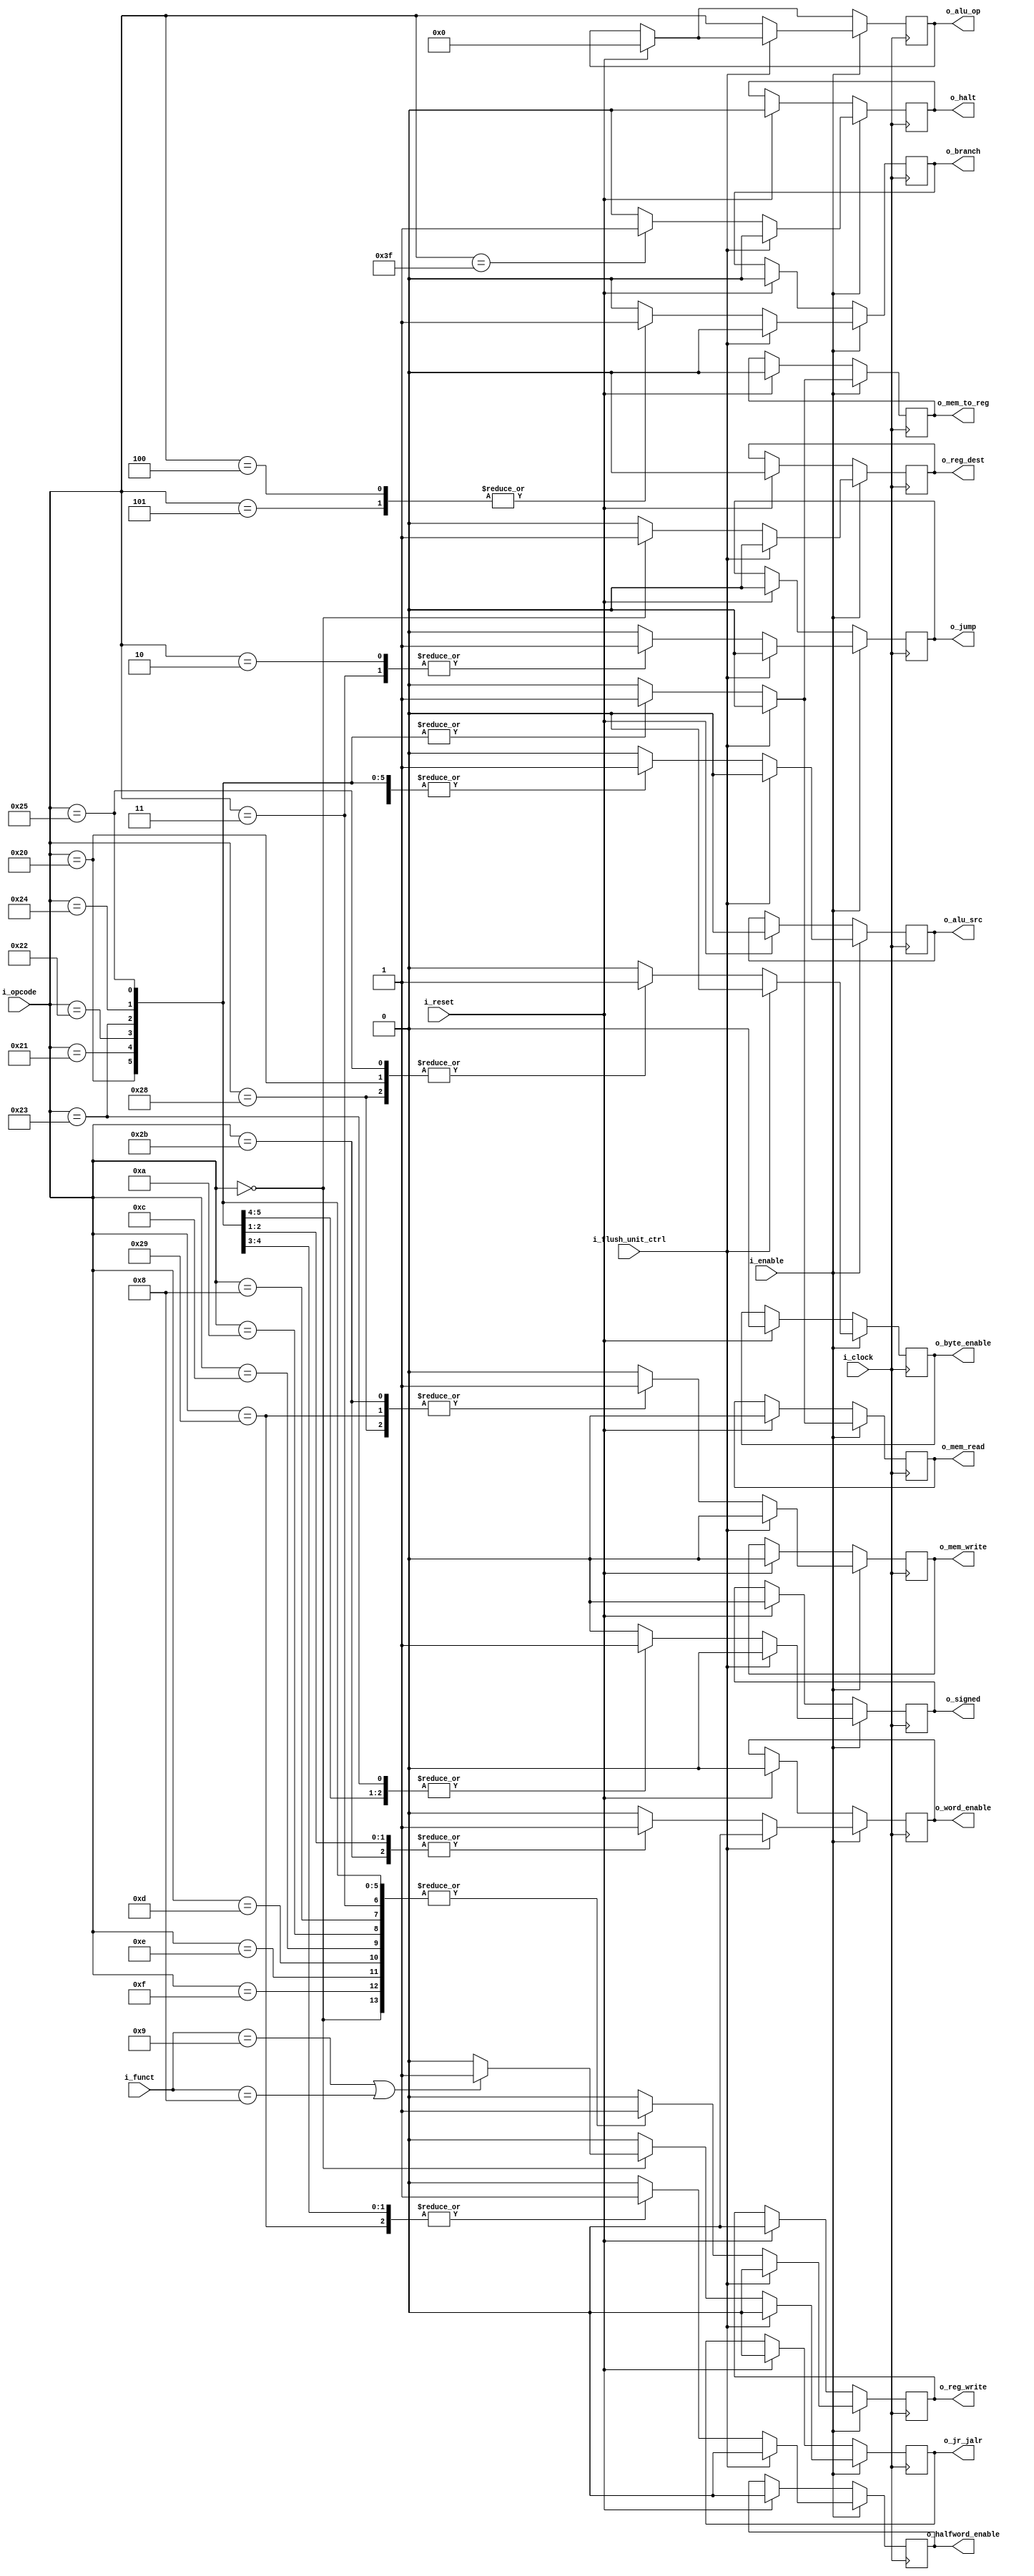
`timescale 1ns / 1ps
//////////////////////////////////////////////////////////////////////////////////
// Company: 
// Engineer: 
// 
// Create Date: 
// Design Name: 
// Module Name: control_unit
// Project Name: 
// Target Devices: 
// Tool Versions: 
// Description: 
// 
// Dependencies: 
// 
// Revision:
// Revision 0.01 - File Created
// Additional Comments:
// 
//////////////////////////////////////////////////////////////////////////////////

`define RTYPE_OPCODE 6'b000000
// Loads
`define LB_OPCODE    6'b100000
`define LH_OPCODE    6'b100001
`define LHU_OPCODE   6'b100010
`define LW_OPCODE    6'b100011
`define LWU_OPCODE   6'b100100
`define LBU_OPCODE   6'b100101
// Stores
`define SB_OPCODE    6'b101000
`define SH_OPCODE    6'b101001
`define SW_OPCODE    6'b101011

`define ADDI_OPCODE  6'b001000
`define ANDI_OPCODE  6'b001100
`define ORI_OPCODE   6'b001101
`define XORI_OPCODE  6'b001110
`define BEQ_OPCODE   6'b000100

`define BNE_OPCODE   6'b000101
`define SLTI_OPCODE  6'b001010
`define LUI_OPCODE   6'b001111
`define JAL_OPCODE   6'b000011
`define J_OPCODE     6'b000010
`define HALT_OPCODE  6'b111111
// Function codes
`define SLL_FCODE    6'b000000
`define SRL_FCODE    6'b000010
`define SRA_FCODE    6'b000011
`define SLLV_FCODE   6'b000100
`define SRLV_FCODE   6'b000110
`define SRAV_FCODE   6'b000111
`define JALR_FCODE   6'b001001
`define ADD_FCODE    6'b100000
`define ADDU_FCODE   6'b100001
`define SUB_FCODE    6'b100010
`define SUBU_FCODE   6'b100011
`define AND_FCODE    6'b100100
`define OR_FCODE     6'b100101
`define XOR_FCODE    6'b100110
`define NOR_FCODE    6'b100111
`define SLT_FCODE    6'b101010
`define JR_FCODE     6'b001000

module control_unit#(
        parameter WIDTH_OPCODE = 6,
        parameter WIDTH_FCODE = 6
    )(
        input i_clock,
        input i_enable,
        input i_reset,        // Necesario para flush en controls hazard
        input [WIDTH_OPCODE-1:0] i_opcode,
        input [WIDTH_FCODE-1:0] i_funct,
        input i_flush_unit_ctrl,     //  STALL UNIT
        
        output reg o_signed,
        output reg o_reg_dest,     // EX
        output reg [WIDTH_OPCODE-1:0] o_alu_op, // EX REG?
        output reg o_alu_src,      // EX
        output reg o_mem_read,     // MEM
        output reg o_mem_write,    // MEM
        output reg o_branch,       // MEM
        output reg o_reg_write,    // WB
        output reg o_mem_to_reg,   // WB
        output reg o_jump,
        output reg o_byte_enable,
        output reg o_halfword_enable,
        output reg o_word_enable,
        output reg o_jr_jalr,      // Hacia register bank
        output reg o_halt           // END OF PROGRAM
    );
    
    always@(posedge i_clock) begin
        if(i_reset) begin
            o_alu_op            <= {WIDTH_OPCODE{1'b0}};
            o_signed            <= 1'b0;
            o_reg_dest          <= 1'b0;
            o_alu_src           <= 1'b0;
            o_mem_read          <= 1'b0;
            o_mem_write         <= 1'b0;
            o_branch            <= 1'b0;
            o_reg_write         <= 1'b0;
            o_mem_to_reg        <= 1'b0;
            o_jump              <= 1'b0;
            o_jr_jalr           <= 1'b0;
            o_byte_enable       <= 1'b0;
            o_halfword_enable   <= 1'b0;
            o_word_enable       <= 1'b0;
            o_halt              <= 1'b0;
        end
        if(i_enable) begin
            if(!i_flush_unit_ctrl) begin
                o_alu_op <= i_opcode;
                case(i_opcode)
                    `RTYPE_OPCODE:begin
                        o_signed            <= 1'b0;
                        o_reg_dest          <= 1'b1; // rd
                        o_alu_src           <= 1'b0; // rt
                        o_mem_read          <= 1'b0; // no accede a mem
                        o_mem_write         <= 1'b0; // no accede a mem
                        o_branch            <= 1'b0; // no es branch
                        o_reg_write         <= 1'b1; // escribe en bank register
                        o_mem_to_reg        <= 1'b0; // read salida ALU
                        o_jump              <= 1'b0;
                        o_byte_enable       <= 1'b0;
                        o_halfword_enable   <= 1'b0;
                        o_word_enable       <= 1'b0;
                        o_halt              <= 1'b0;

                        if((i_funct == `JALR_FCODE) || (i_funct == `JR_FCODE)) begin
                            o_jr_jalr <= 1'b1; // Ambas escriben en el PC=$rs
                        end
                        else begin
                            o_jr_jalr <= 1'b0;
                        end

                    end
                    `BEQ_OPCODE, `BNE_OPCODE:begin
                        o_signed            <= 1'b0;
                        o_reg_dest          <= 1'b0; // X
                        o_alu_src           <= 1'b0; // rt
                        o_mem_read          <= 1'b0; // no accede a mem
                        o_mem_write         <= 1'b0; // no accede a mem
                        o_branch            <= 1'b1; // es branch
                        o_reg_write         <= 1'b0; // no escribe en bank register
                        o_mem_to_reg        <= 1'b0; // X
                        o_jump              <= 1'b0;
                        o_byte_enable       <= 1'b0;
                        o_halfword_enable   <= 1'b0;
                        o_word_enable       <= 1'b0;
                        o_jr_jalr           <= 1'b0;
                        o_halt              <= 1'b0;
                    end
                    `ADDI_OPCODE, `SLTI_OPCODE, `ANDI_OPCODE, `ORI_OPCODE, `XORI_OPCODE, `LUI_OPCODE:begin
                        o_signed            <= 1'b0;
                        o_reg_dest          <= 1'b0; // rt
                        o_alu_src           <= 1'b1; // immediate
                        o_mem_read          <= 1'b0; // no accede a mem
                        o_mem_write         <= 1'b0; // no accede a mem
                        o_branch            <= 1'b0; // no es branch
                        o_reg_write         <= 1'b1; // escribe en bank register
                        o_mem_to_reg        <= 1'b0; // read salida ALU
                        o_jump              <= 1'b0;
                        o_byte_enable       <= 1'b0;
                        o_halfword_enable   <= 1'b0;
                        o_word_enable       <= 1'b0;
                        o_jr_jalr           <= 1'b0;
                        o_halt              <= 1'b0;
                    end
                    `LB_OPCODE:begin
                        o_signed            <= 1'b1;
                        o_reg_dest          <= 1'b0; // rt
                        o_alu_src           <= 1'b1; // immediate
                        o_mem_read          <= 1'b1; // read mem
                        o_mem_write         <= 1'b0; // no write mem
                        o_branch            <= 1'b0; // no es branch
                        o_reg_write         <= 1'b1; // escribe en rt
                        o_mem_to_reg        <= 1'b1; // read salida data memory
                        o_jump              <= 1'b0;
                        o_byte_enable       <= 1'b1;
                        o_halfword_enable   <= 1'b0;
                        o_word_enable       <= 1'b0;
                        o_jr_jalr           <= 1'b0;
                        o_halt              <= 1'b0;
                    end
                    `LH_OPCODE:begin
                        o_signed            <= 1'b1;
                        o_reg_dest          <= 1'b0; // rt
                        o_alu_src           <= 1'b1; // immediate
                        o_mem_read          <= 1'b1; // read mem
                        o_mem_write         <= 1'b0; // no write mem
                        o_branch            <= 1'b0; // no es branch
                        o_reg_write         <= 1'b1; // escribe en rt
                        o_mem_to_reg        <= 1'b1; // read salida data memory
                        o_jump              <= 1'b0;
                        o_byte_enable       <= 1'b0;
                        o_halfword_enable   <= 1'b1;
                        o_word_enable       <= 1'b0;
                        o_jr_jalr           <= 1'b0;
                        o_halt              <= 1'b0;
                    end
                    `LHU_OPCODE:begin
                        o_signed            <= 1'b0;
                        o_reg_dest          <= 1'b0; // rt
                        o_alu_src           <= 1'b1; // immediate
                        o_mem_read          <= 1'b1; // read mem
                        o_mem_write         <= 1'b0; // no write mem
                        o_branch            <= 1'b0; // no es branch
                        o_reg_write         <= 1'b1; // escribe en rt
                        o_mem_to_reg        <= 1'b1; // read salida data memory
                        o_jump              <= 1'b0;
                        o_byte_enable       <= 1'b0;
                        o_halfword_enable   <= 1'b1;
                        o_word_enable       <= 1'b0;
                        o_jr_jalr           <= 1'b0;
                        o_halt              <= 1'b0;
                    end
                    `LW_OPCODE:begin
                        o_signed            <= 1'b1;
                        o_reg_dest          <= 1'b0; // rt
                        o_alu_src           <= 1'b1; // immediate
                        o_mem_read          <= 1'b1; // read mem
                        o_mem_write         <= 1'b0; // no write mem
                        o_branch            <= 1'b0; // no es branch
                        o_reg_write         <= 1'b1; // escribe en rt
                        o_mem_to_reg        <= 1'b1; // read salida data memory
                        o_jump              <= 1'b0;
                        o_byte_enable       <= 1'b0;
                        o_halfword_enable   <= 1'b0;
                        o_word_enable       <= 1'b1;
                        o_jr_jalr           <= 1'b0;
                        o_halt              <= 1'b0;
                    end
                    `LWU_OPCODE:begin
                        o_signed            <= 1'b0;
                        o_reg_dest          <= 1'b0; // rt
                        o_alu_src           <= 1'b1; // immediate
                        o_mem_read          <= 1'b1; // read mem
                        o_mem_write         <= 1'b0; // no write mem
                        o_branch            <= 1'b0; // no es branch
                        o_reg_write         <= 1'b1; // escribe en rt
                        o_mem_to_reg        <= 1'b1; // read salida data memory
                        o_jump              <= 1'b0;
                        o_byte_enable       <= 1'b0;
                        o_halfword_enable   <= 1'b0;
                        o_word_enable       <= 1'b1;
                        o_jr_jalr           <= 1'b0;
                        o_halt              <= 1'b0;
                    end
                    `LBU_OPCODE:begin
                        o_signed            <= 1'b0;
                        o_reg_dest          <= 1'b0; // rt
                        o_alu_src           <= 1'b1; // immediate
                        o_mem_read          <= 1'b1; // read mem
                        o_mem_write         <= 1'b0; // no write mem
                        o_branch            <= 1'b0; // no es branch
                        o_reg_write         <= 1'b1; // escribe en rt
                        o_mem_to_reg        <= 1'b1; // read salida data memory
                        o_jump              <= 1'b0;
                        o_byte_enable       <= 1'b1;
                        o_halfword_enable   <= 1'b0;
                        o_word_enable       <= 1'b0;
                        o_jr_jalr           <= 1'b0;
                        o_halt              <= 1'b0;
                    end
                    `SB_OPCODE:begin
                        o_signed            <= 1'b0;
                        o_reg_dest          <= 1'b0; // rt
                        o_alu_src           <= 1'b1; // immediate
                        o_mem_read          <= 1'b0; // no read mem
                        o_mem_write         <= 1'b1; // write mem
                        o_branch            <= 1'b0; // no es branch
                        o_reg_write         <= 1'b0; // escribe en rt
                        o_mem_to_reg        <= 1'b0; // X
                        o_jump              <= 1'b0;
                        o_byte_enable       <= 1'b1;
                        o_halfword_enable   <= 1'b0;
                        o_word_enable       <= 1'b0;
                        o_jr_jalr           <= 1'b0;
                        o_halt              <= 1'b0;
                    end
                    `SH_OPCODE:begin
                        o_signed            <= 1'b0;
                        o_reg_dest          <= 1'b0; // rt
                        o_alu_src           <= 1'b1; // immediate
                        o_mem_read          <= 1'b0; // no read mem
                        o_mem_write         <= 1'b1; // write mem
                        o_branch            <= 1'b0; // no es branch
                        o_reg_write         <= 1'b0; // escribe en rt
                        o_mem_to_reg        <= 1'b0; // X
                        o_jump              <= 1'b0;
                        o_byte_enable       <= 1'b0;
                        o_halfword_enable   <= 1'b1;
                        o_word_enable       <= 1'b0;
                        o_jr_jalr           <= 1'b0;
                        o_halt              <= 1'b0;
                    end
                    `SW_OPCODE:begin
                        o_signed            <= 1'b0;
                        o_reg_dest          <= 1'b0; // rt
                        o_alu_src           <= 1'b1; // immediate
                        o_mem_read          <= 1'b0; // no read mem
                        o_mem_write         <= 1'b1; // write mem
                        o_branch            <= 1'b0; // no es branch
                        o_reg_write         <= 1'b0; // escribe en rt
                        o_mem_to_reg        <= 1'b0; // X
                        o_jump              <= 1'b0;
                        o_byte_enable       <= 1'b0;
                        o_halfword_enable   <= 1'b0;
                        o_word_enable       <= 1'b1;
                        o_jr_jalr           <= 1'b0;
                        o_halt              <= 1'b0;
                    end
                    `J_OPCODE:begin
                        o_signed            <= 1'b0;
                        o_reg_dest          <= 1'b0; // rt
                        o_alu_src           <= 1'b0; // immediate
                        o_mem_read          <= 1'b0; // no read mem
                        o_mem_write         <= 1'b0; // no write mem
                        o_branch            <= 1'b0; // no es branch
                        o_reg_write         <= 1'b0; // escribe en rt
                        o_mem_to_reg        <= 1'b0; // X
                        o_jump              <= 1'b1;
                        o_byte_enable       <= 1'b0;
                        o_halfword_enable   <= 1'b0;
                        o_word_enable       <= 1'b0;
                        o_jr_jalr           <= 1'b0;
                        o_halt              <= 1'b0;
                    end
                    `JAL_OPCODE:begin
                        o_signed            <= 1'b0;
                        o_reg_dest          <= 1'b0; // rt
                        o_alu_src           <= 1'b0; // immediate
                        o_mem_read          <= 1'b0; // no read mem
                        o_mem_write         <= 1'b0; // no write mem
                        o_branch            <= 1'b0; // no es branch
                        o_reg_write         <= 1'b1; // escribe en rt
                        o_mem_to_reg        <= 1'b0; // X
                        o_jump              <= 1'b1; // TODO: ver si se necesta seal que haga $ra=PC+1
                        o_byte_enable       <= 1'b0;
                        o_halfword_enable   <= 1'b0;
                        o_word_enable       <= 1'b0;
                        o_jr_jalr           <= 1'b0;
                        o_halt              <= 1'b0;
                    end
                    `HALT_OPCODE:begin
                        o_signed            <= 1'b0;
                        o_reg_dest          <= 1'b0; // rt
                        o_alu_src           <= 1'b0; // immediate
                        o_mem_read          <= 1'b0; // no read mem
                        o_mem_write         <= 1'b0; // no write mem
                        o_branch            <= 1'b0; // no es branch
                        o_reg_write         <= 1'b0; // escribe en rt
                        o_mem_to_reg        <= 1'b0; // X
                        o_jump              <= 1'b0; // dont jump
                        o_byte_enable       <= 1'b0;
                        o_halfword_enable   <= 1'b0;
                        o_word_enable       <= 1'b0;
                        o_jr_jalr           <= 1'b0;
                        o_halt              <= 1'b1; // END OF PROGRAM
                    end
                    default: begin
                        o_signed            <= 1'b0;
                        o_reg_dest          <= 1'b0; // rt
                        o_alu_src           <= 1'b0; // immediate
                        o_mem_read          <= 1'b0; // no read mem
                        o_mem_write         <= 1'b0; // no write mem
                        o_branch            <= 1'b0; // no es branch
                        o_reg_write         <= 1'b0; // escribe en rt
                        o_mem_to_reg        <= 1'b0; // X
                        o_jump              <= 1'b0; // dont jump
                        o_byte_enable       <= 1'b0;
                        o_halfword_enable   <= 1'b0;
                        o_word_enable       <= 1'b0;
                        o_jr_jalr           <= 1'b0;
                        o_halt              <= 1'b0; // END OF PROGRAM
                    end
                endcase
            end
            else begin
                    // flush from UNIT STALL
                    o_signed            <= 1'b0;
                    o_reg_dest          <= 1'b0; // rt
                    o_alu_src           <= 1'b0; // immediate
                    o_mem_read          <= 1'b0; // no read mem
                    o_mem_write         <= 1'b0; // no write mem
                    o_branch            <= 1'b0; // no es branch
                    o_reg_write         <= 1'b0; // escribe en rt
                    o_mem_to_reg        <= 1'b0; // X
                    o_jump              <= 1'b0; // dont jump
                    o_byte_enable       <= 1'b0;
                    o_halfword_enable   <= 1'b0;
                    o_word_enable       <= 1'b0;
                    o_jr_jalr           <= 1'b0;
                    o_halt              <= 1'b0; // END OF PROGRAM
            end
        end
    end
endmodule